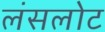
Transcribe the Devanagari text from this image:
लंसलोट